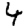
Digit: 4